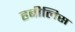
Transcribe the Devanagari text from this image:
हबीलिस